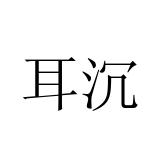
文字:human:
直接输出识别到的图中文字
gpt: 耳沉